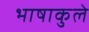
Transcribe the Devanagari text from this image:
भाषाकुले